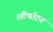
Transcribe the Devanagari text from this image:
।तीर्थाटनं